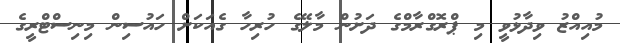
މުއިއްޒު ވިދާޅުވީ މި ޕްރޮގްރާމްގެ ދަށުން މާލޭގެ ހުރިހާ ގެއަކަށް ހައުސިން މިނިސްޓްރީގެ